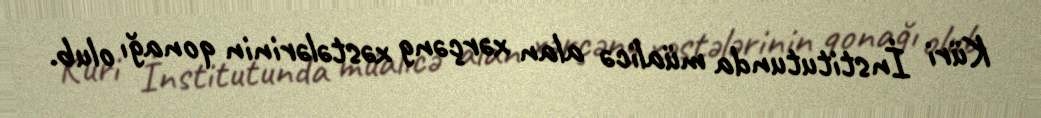
Küri İnstitutunda müalicə alan xərçəng xəstələrinin qonağı olub.